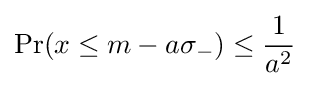
\Pr(x\leq m-a\sigma _{-})\leq {\frac {1}{a^{2}}}